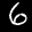
Digit: 6